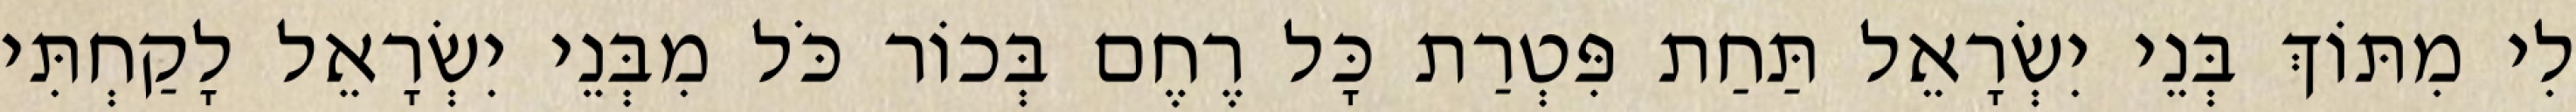
לִי מִתּוֹךְ בְּנֵי יִשְׂרָאֵל תַּחַת פִּטְרַת כָּל רֶחֶם בְּכוֹר כֹּל מִבְּנֵי יִשְׂרָאֵל לָקַחְתִּי